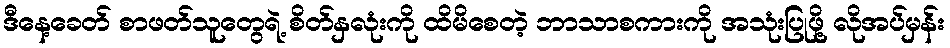
ဒီနေ့ခေတ် စာဖတ်သူတွေရဲ့ စိတ်နှလုံးကို ထိမိစေတဲ့ ဘာသာစကားကို အသုံးပြုဖို့ လိုအပ်မှန်း